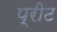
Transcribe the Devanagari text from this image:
प्रीट